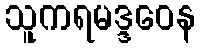
သူကရမဒ္ဒဝေန